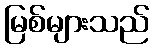
မြစ်များသည်